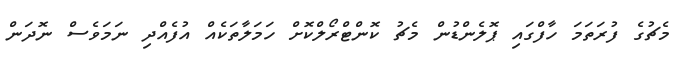
މެޗުގެ ފުރަތަމަ ހާފްގައި ޕޮލެންޑުން މެޗު ކޮންޓްރޯލްކޮށް ހަމަލާތަކެއް އުފެއްދި ނަމަވެސް ނޮދަން